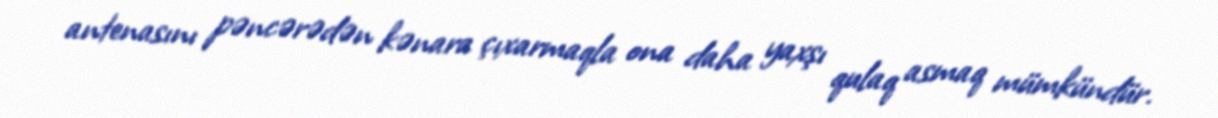
antenasını pəncərədən kənara çıxarmaqla ona daha yaxşı qulaq asmaq mümkündür.